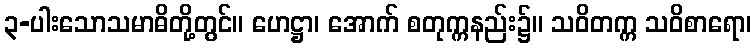
၃-ပါးသောသမာဓိတို့တွင်။ ဟေဋ္ဌာ၊ အောက် စတုက္ကနည်း၌။ သဝိတက္က သဝိစာရော၊